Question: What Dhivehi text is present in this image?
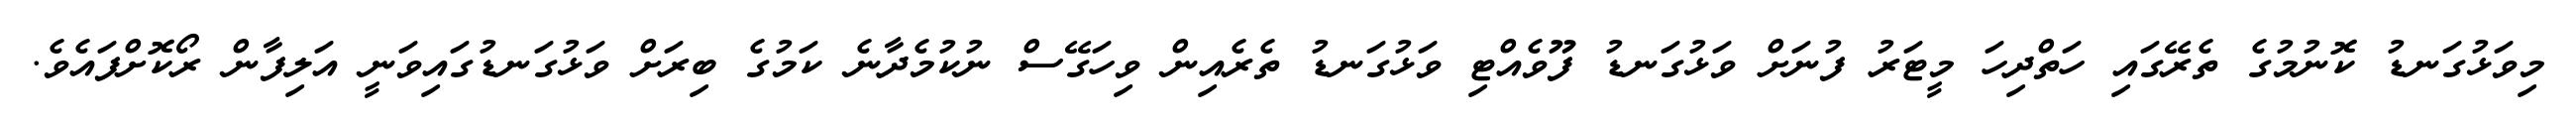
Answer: މިވަޅުގަނޑު ކޮނުމުގެ ތެރޭގައި ހަތްދިހަ މީޓަރު ފުނަށް ވަޅުގަނޑު ފޫވެއްޓި ވަޅުގަނޑު ތެރެއިން ވިހަގޭސް ނުކުމެދާނެ ކަމުގެ ބިރަށް ވަޅުގަނޑުގައިވަނީ އަލިފާން ރޯކޮށްފައެވެ.